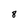
Character: 8